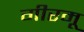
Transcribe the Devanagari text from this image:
गीरमू